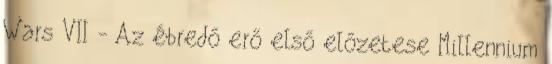
Wars VII - Az ébredő erő első előzetese Millennium